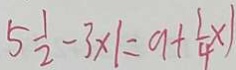
5 \frac { 1 } { 2 } - 3 \times 1 = a + \frac { 1 } { 4 } \times 1